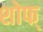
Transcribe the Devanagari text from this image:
शोफ्